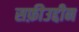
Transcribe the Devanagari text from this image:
सफ़ीउद्दीन